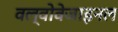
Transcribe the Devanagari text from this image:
वल्वोवेजाइनल